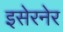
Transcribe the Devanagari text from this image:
इसेरनेर